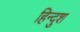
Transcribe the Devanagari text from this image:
हिन्दुश